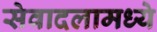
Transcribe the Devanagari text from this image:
सेवादलामध्ये